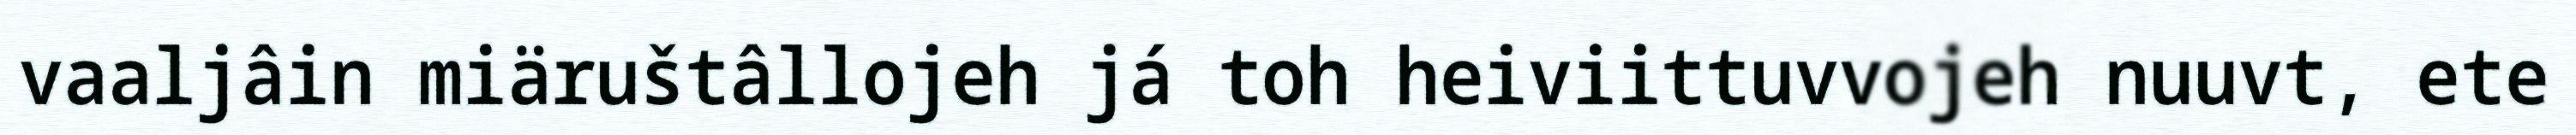
vaaljâin miäruštâllojeh já toh heiviittuvvojeh nuuvt, ete